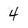
Character: 4